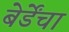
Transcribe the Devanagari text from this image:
बेर्डेंचा